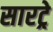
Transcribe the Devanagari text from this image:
सारट्रे